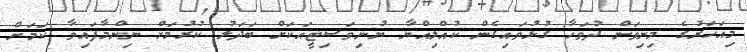
މިއަހަރުގެ މިނިވަން ދުވަހާ ގުޅުވައިގެން ކުއްލިއްޔާ ޔުނިވަސިޓީއަކަށް ބަދަލު ކުރުމަށް ނިންމާފައިވާ ކަމަށް